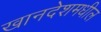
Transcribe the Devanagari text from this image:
खानदेशमधील